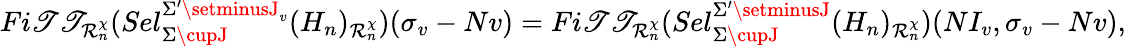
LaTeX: Fi\mathscr{T}\mathscr{T}_{\mathcal{R}_{n}^{\chi}}(Sel_{\Sigma\cupJ}^{\Sigma^{\prime}\setminusJ_{v}}(H_{n})_{\mathcal{R}_{n}^{\chi}})(\sigma_{v}-Nv)=Fi\mathscr{T}\mathscr{T}_{\mathcal{R}_{n}^{\chi}}(Sel_{\Sigma\cupJ}^{\Sigma^{\prime}\setminusJ}(H_{n})_{\mathcal{R}_{n}^{\chi}})(NI_{v},\sigma_{v}-Nv),